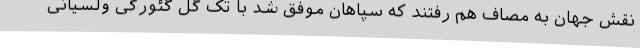
نقش جهان به مصاف هم رفتند که سپاهان موفق شد با تک گل گئورگی ولسیانی